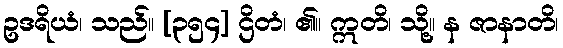
ဥဒရိယံ၊ သည်။ [၃၅၄] ဌိတံ၊ ၏။ ဣတိ၊ သို့။ န ဇာနာတိ၊